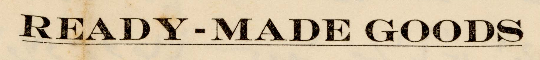
READY-MADE GOODS